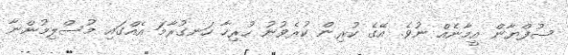
ސުފްޔާން އީމާނެއް ނުވެ. އޭގެ ކުރިން ކުރެވުނު ހުރިހާ ހަނގުރާމަ އެއްގައި މުސްލިމުންނާ